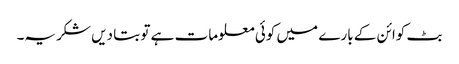
بٹ کوائن کے بارے میں کوئی معلومات ہے تو بتا دیں شکریہ۔